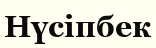
Нүсіпбек